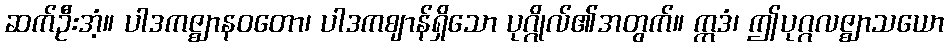
ဆက်ဦးအံ့။ ပါဒကဇ္ဈာနဝတော၊ ပါဒကဈာန်ရှိသော ပုဂ္ဂိုလ်၏အတွက်။ ဣဒံ၊ ဤပုဂ္ဂလဇ္ဈာသယော